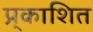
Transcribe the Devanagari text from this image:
प्र्काशित